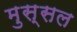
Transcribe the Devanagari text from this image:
मुस्सल